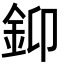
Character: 䤝